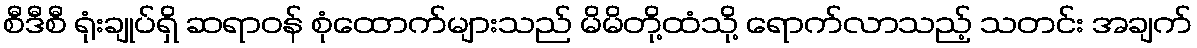
စီဒီစီ ရုံးချုပ်ရှိ ဆရာဝန် စုံထောက်များသည် မိမိတို့ထံသို့ ရောက်လာသည့် သတင်း အချက်